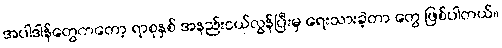
အပါဒါန်တွေကတော့ ရာစုနှစ် အနည်းငယ်လွန်ပြီးမှ ရေးသားခဲ့တာ တွေ ဖြစ်ပါတယ်။